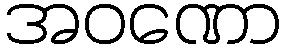
အဝဏော